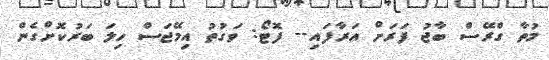
މުތާ ގްރޭސް ބާޖު ފަރަށް އަރާފައި-- ފޮޓޯ: ވަގުތު އިމޭޖަސް ހިލަ ބަރުކޮށްގެން